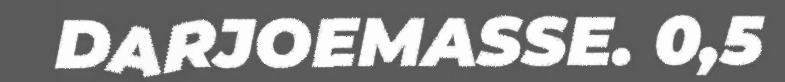
DARJOEMASSE. 0,5